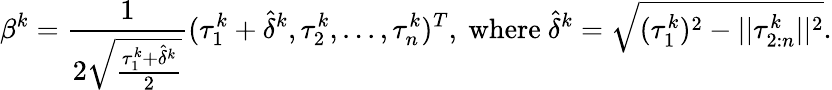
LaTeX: \beta^{k}=\frac{1}{2\sqrt{\frac{\tau_{1}^{k}+\hat{\delta}^{k}}{2}}}(\tau_{1}^{k}+\hat{\delta}^{k},\tau_{2}^{k},...,\tau_{n}^{k})^{T},\mathrm{~where~}\hat{\delta}^{k}=\sqrt{(\tau_{1}^{k})^{2}-||\tau_{2:n}^{k}||^{2}}.